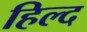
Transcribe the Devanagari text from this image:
हिल्द